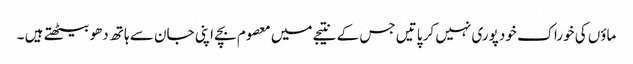
ماؤں کی خوراک خود پوری نہیں کر پاتیں جس کے نتیجے میں معصوم بچے اپنی جان سے ہاتھ دھو بیٹھتے ہیں ۔